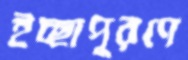
ইচ্ছাপূরণে